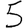
Digit: 5